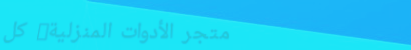
متجر الأدوات المنزلية: كل